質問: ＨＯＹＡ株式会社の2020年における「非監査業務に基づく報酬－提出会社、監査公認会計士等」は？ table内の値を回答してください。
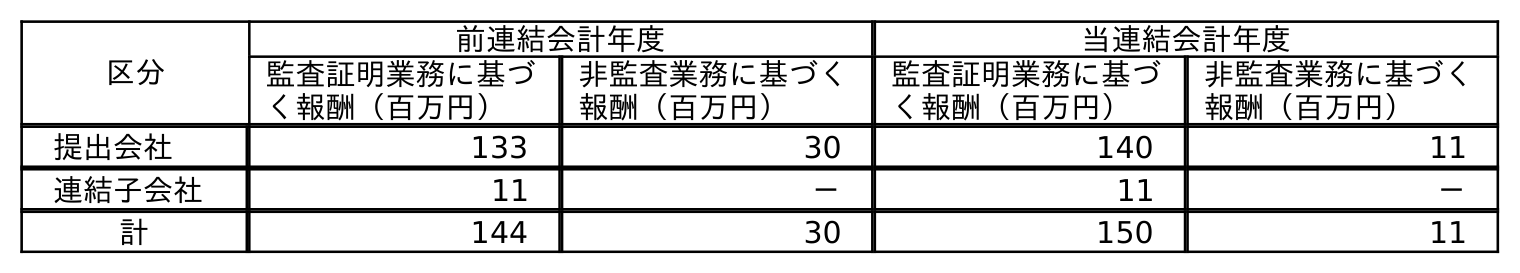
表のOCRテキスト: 区分 前連結会計年度 当連結会計年度 監査証明業務に基づ く報酬（百万円） 非監査業務に基づく 報酬（百万円） 監査証明業務に基づ く報酬（百万円） 非監査業務に基づく 報酬（百万円） 提出会社 133 30 140 11 連結子会社 11 － 11 － 計 144 30 150 11
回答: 11